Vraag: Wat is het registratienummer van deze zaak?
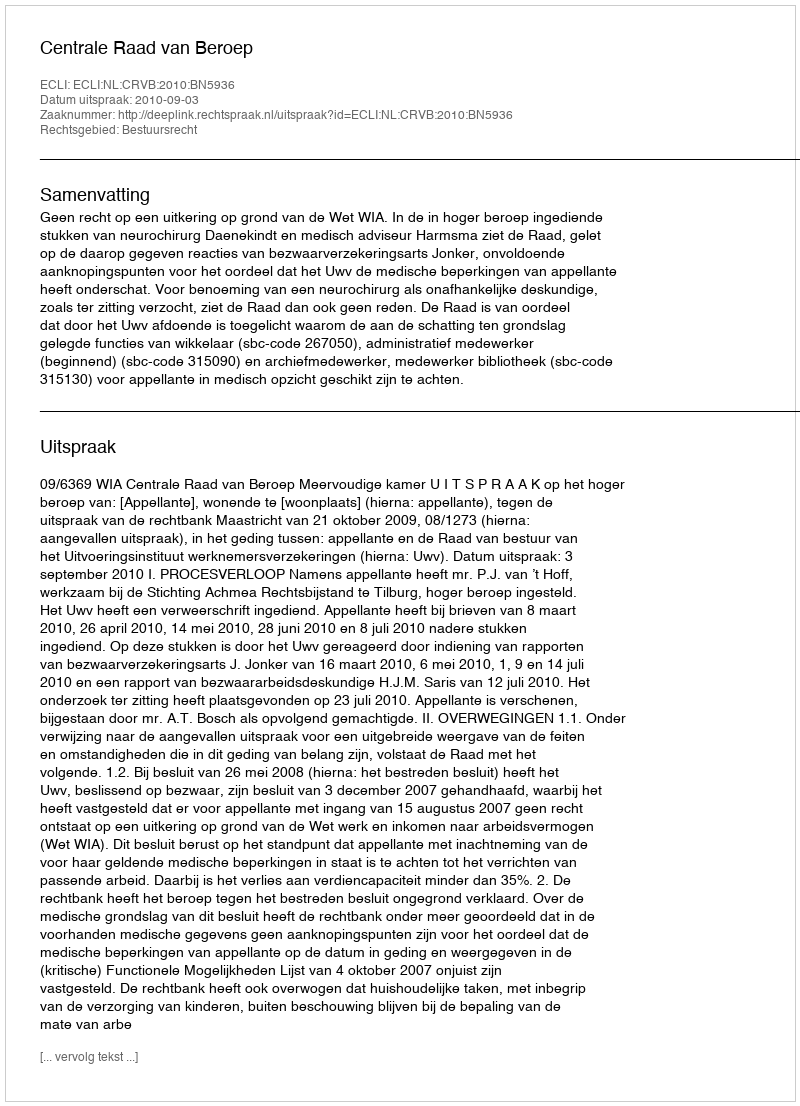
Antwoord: http://deeplink.rechtspraak.nl/uitspraak?id=ECLI:NL:CRVB:2010:BN5936